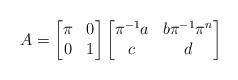
LaTeX: \begin{align*} A = \begin{bmatrix} \pi & 0 \\ 0 & 1 \end{bmatrix} \begin{bmatrix} \pi^{-1}a & b\pi^{-1}\pi^n \\ c & d \end{bmatrix} \end{align*}